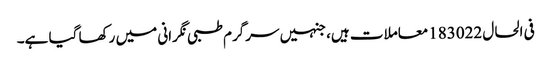
فی الحال 183022معاملات ہیں، جنہیں سرگرم طبی نگرانی میں رکھا گیا ہے۔